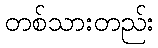
တစ်သားတည်း